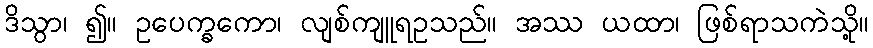
ဒိသွာ၊ ၍။ ဥပေက္ခကော၊ လျစ်ကျူရဥသည်။ အဿ ယထာ၊ ဖြစ်ရာသကဲသို့။